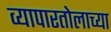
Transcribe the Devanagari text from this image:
व्यापारतोलाच्या